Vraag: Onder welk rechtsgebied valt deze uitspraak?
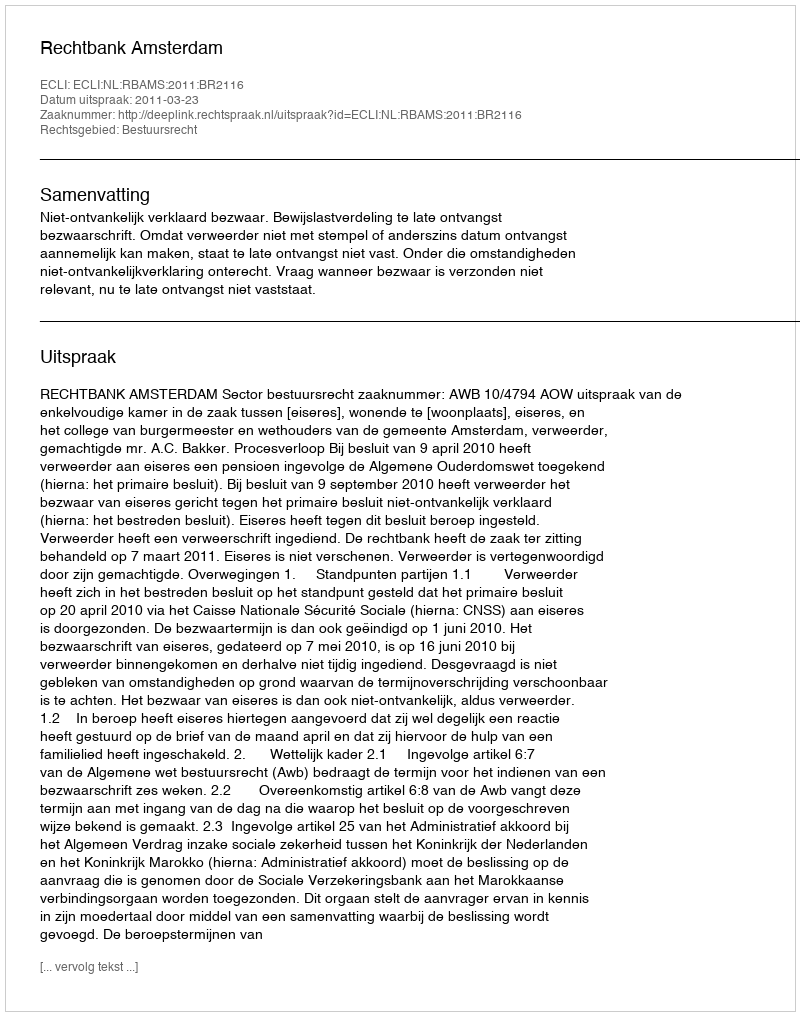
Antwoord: Bestuursrecht